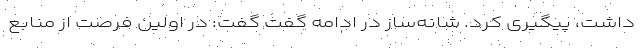
داشت، پیگیری کرد. شانه‌ساز در ادامه گفت گفت: در اولین فرصت از منابع